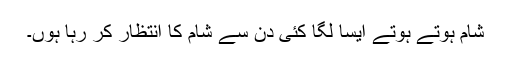
شام ہوتے ہوتے ایسا لگا کئی دن سے شام کا انتظار کر رہا ہوں۔